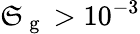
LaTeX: \mathfrak{S}_{\mathrm{{~g~}}}>10^{-3}